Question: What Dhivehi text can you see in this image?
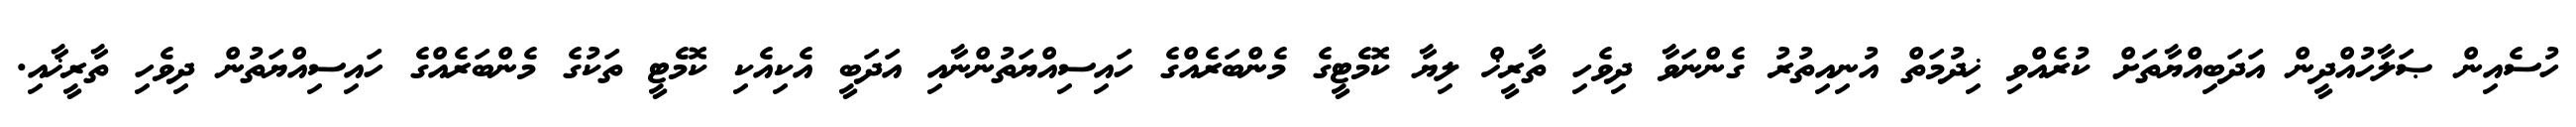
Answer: ހުސެއިން ޞަލާހުއްދީން އަދަބިއްޔާތަށް ކުރެއްވި ޚިދުމަތް އުނިއިތުރު ގެންނަވާ ދިވެހި ތާރީޚް ލިޔާ ކޮމެޓީގެ މެންބަރެއްގެ ހައިސިއްޔަތުންނާއި އަދަބީ އެކިއެކި ކޮމެޓީ ތަކުގެ މެންބަރެއްގެ ހައިސިއްޔަތުން ދިވެހި ތާރީޚާއި.